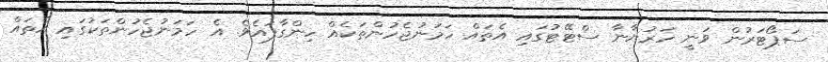
ސަޕޯޓަރުން ވަނީ ހަރުޔާނާ ސްޓޭޓުގައި އެތައް ހަމަނުޖެހުންތަކެއް ހިންގާފައެވެ. އެ ހަމަނުޖެހުންތަކުގައި އެތައް